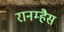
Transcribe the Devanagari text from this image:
रानम्हैस